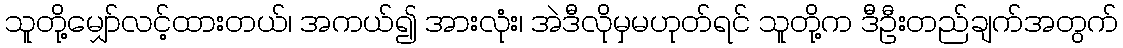
သူတို့မျှော်လင့်ထားတယ်၊ အကယ်၍ အားလုံး၊ အဲဒီလိုမှမဟုတ်ရင် သူတို့က ဒီဦးတည်ချက်အတွက်